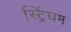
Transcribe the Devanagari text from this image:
स्ट्रिंघम